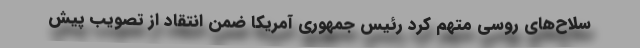
سلاح‌های روسی متهم کرد رئیس جمهوری آمریکا ضمن انتقاد از تصویب پیش